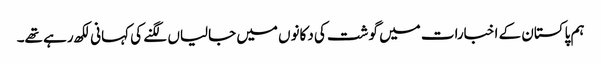
ہم پاکستان کے اخبارات میں گوشت کی دکانوں میں جالیاں لگنے کی کہانی لکھ رہے تھے۔